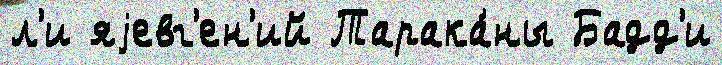
л'и яjевг'ен'ий Тарака́ны Бадд'и